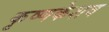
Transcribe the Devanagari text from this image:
कृष्णकेशव